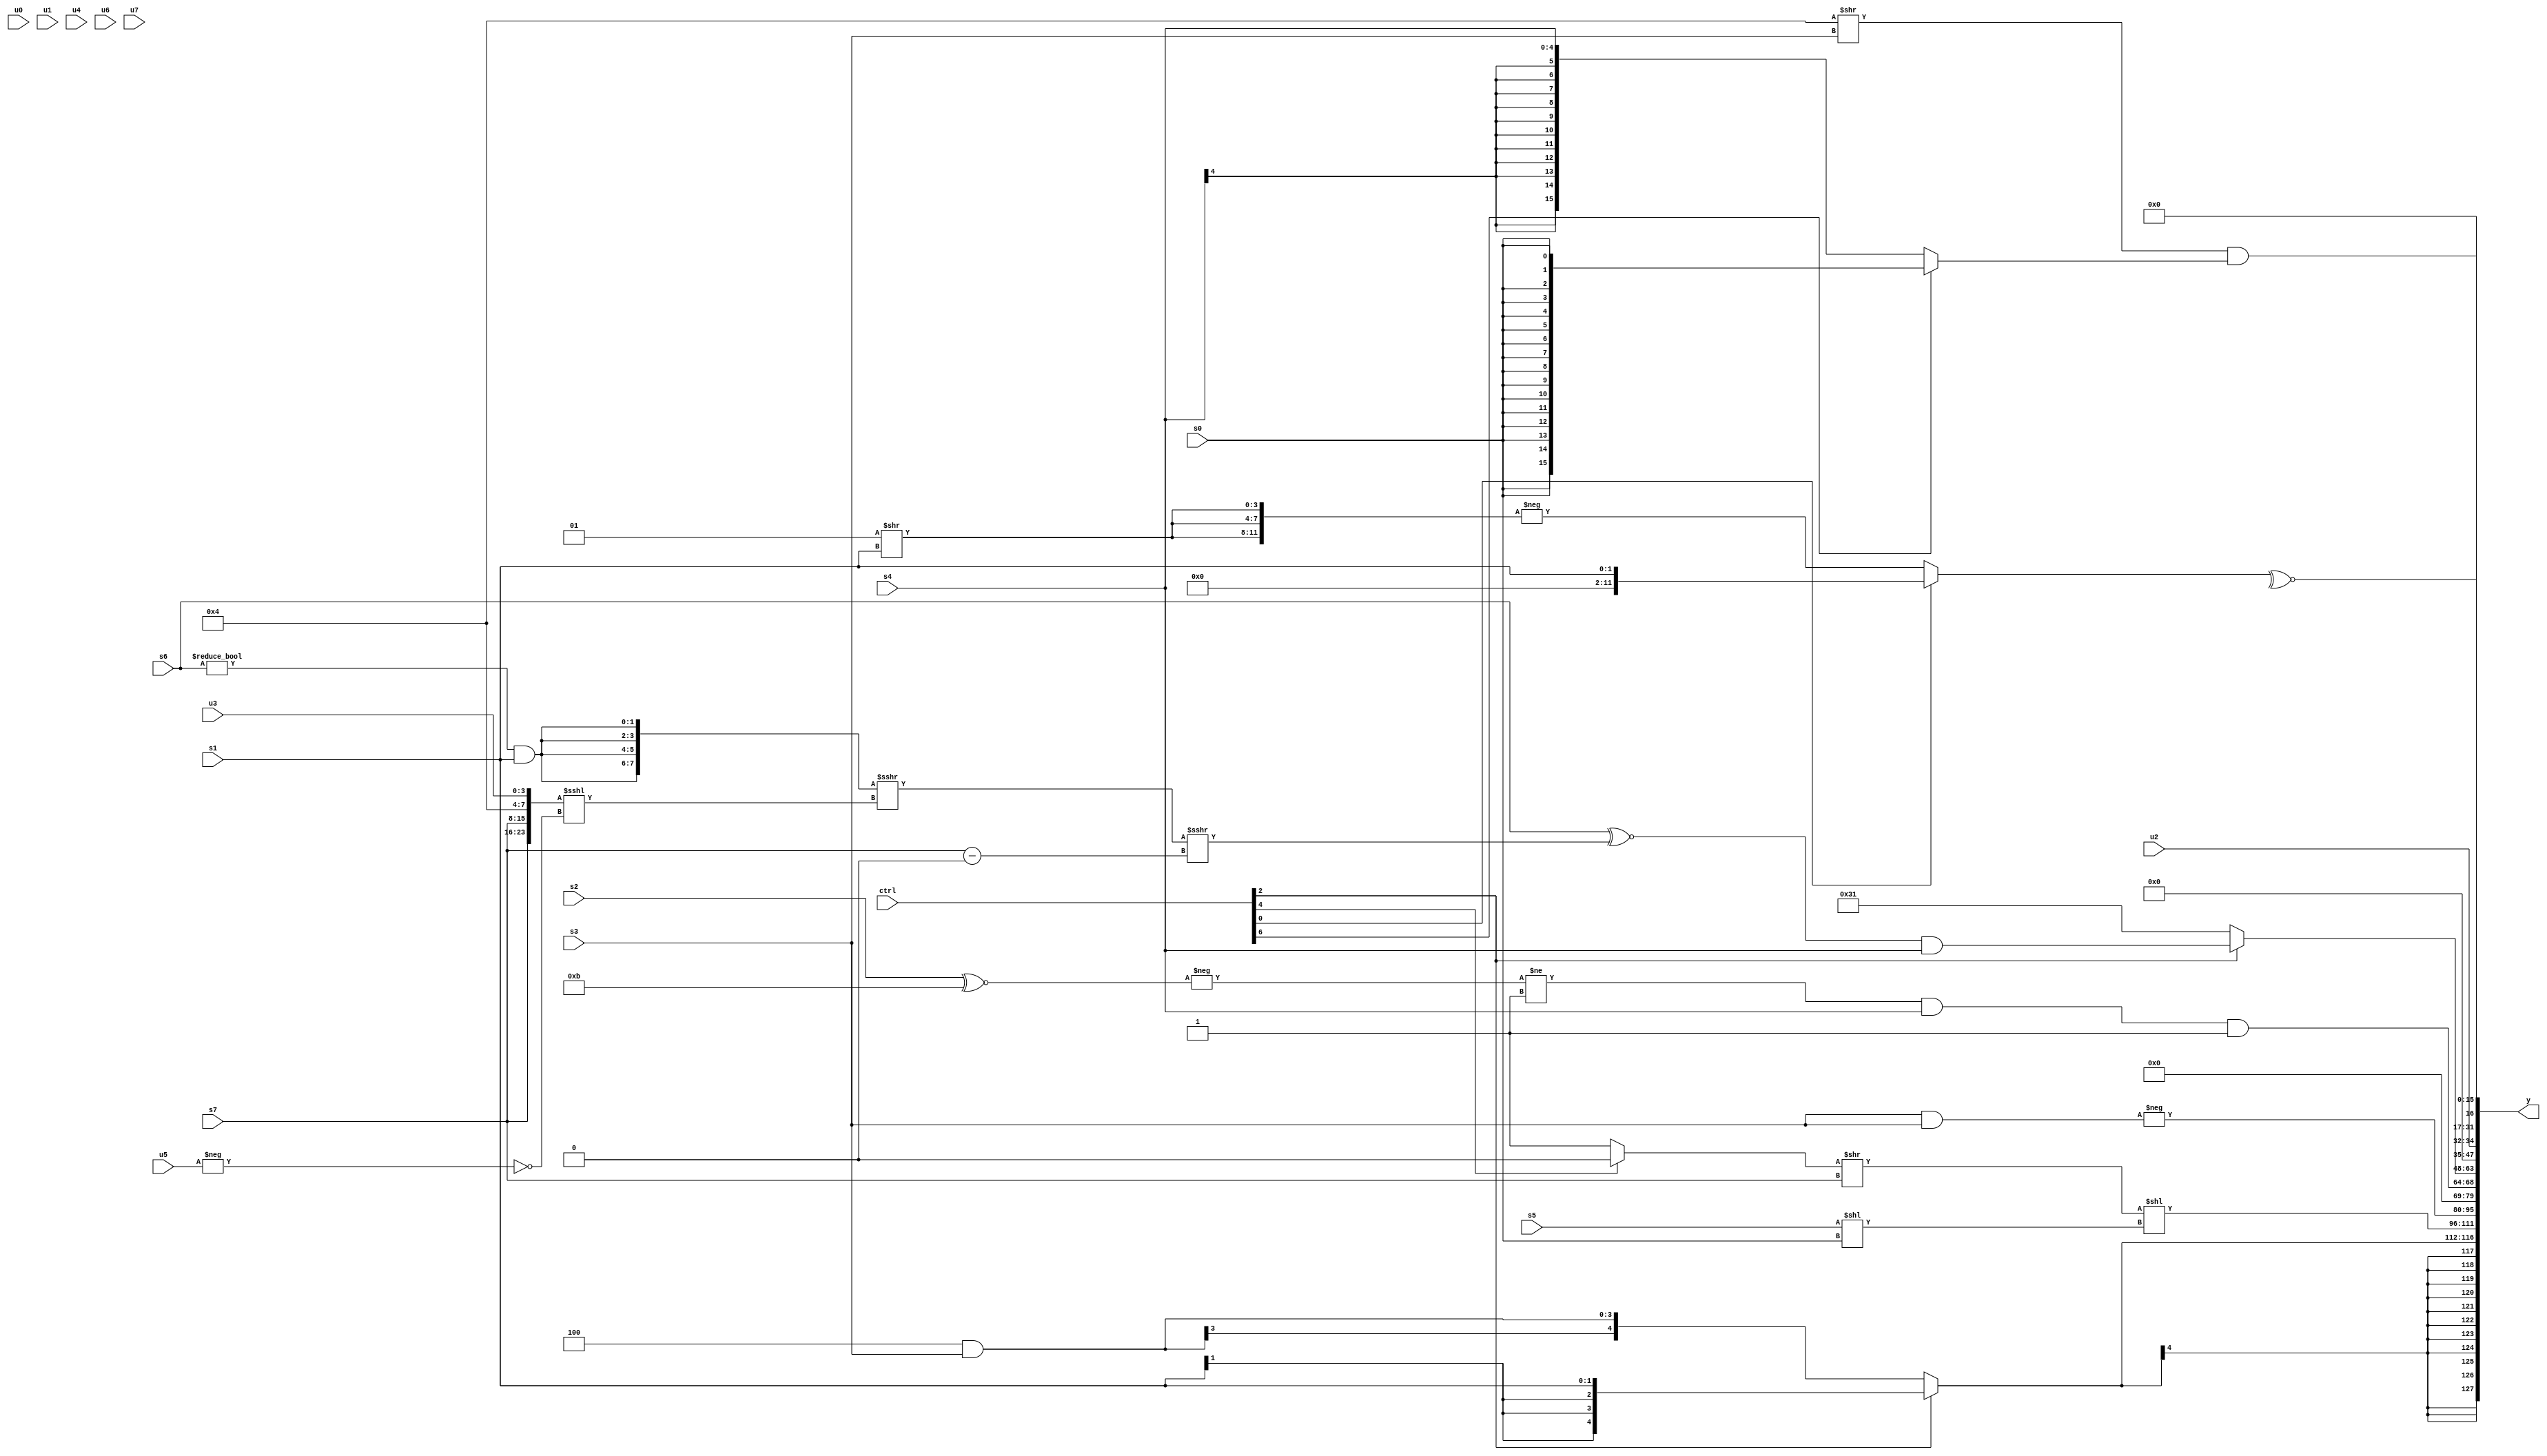
module wideexpr_00048(ctrl, u0, u1, u2, u3, u4, u5, u6, u7, s0, s1, s2, s3, s4, s5, s6, s7, y);
  input [7:0] ctrl;
  input [0:0] u0;
  input [1:0] u1;
  input [2:0] u2;
  input [3:0] u3;
  input [4:0] u4;
  input [5:0] u5;
  input [6:0] u6;
  input [7:0] u7;
  input signed [0:0] s0;
  input signed [1:0] s1;
  input signed [2:0] s2;
  input signed [3:0] s3;
  input signed [4:0] s4;
  input signed [5:0] s5;
  input signed [6:0] s6;
  input signed [7:0] s7;
  output [127:0] y;
  wire [15:0] y0;
  wire [15:0] y1;
  wire [15:0] y2;
  wire [15:0] y3;
  wire [15:0] y4;
  wire [15:0] y5;
  wire [15:0] y6;
  wire [15:0] y7;
  assign y = {y0,y1,y2,y3,y4,y5,y6,y7};
  assign y0 = $signed({{1{(ctrl[2]?(ctrl[2]?s1:5'sb10100):(5'sb11100)&(s3))}}});
  assign y1 = ((+($unsigned((ctrl[4]?1'sb0:2'sb01))))>>($signed(s7)))<<((s5)<<(s0));
  assign y2 = -((s3)&(s3));
  assign y3 = (((+(-((s2)^~(6'sb111011))))!=(1'sb1))&(s4))&(1'sb1);
  assign y4 = (ctrl[2]?((+(s6))^~(+((({4{((1'sb0)!=(s6))&(s1)}})>>>(($signed({s7,s7,4'sb0100,u3}))<<<((-(3'sb000))==(-(u5)))))>>>((s7)-(3'sb000)))))&(s4):+(6'sb110001));
  assign y5 = u2;
  assign y6 = ~^((ctrl[0]?$signed(s1):-({3{(4'sb0001)>>(s1)}})));
  assign y7 = ((-($signed(3'sb100)))>>(s3))&((ctrl[6]?$signed(s0):s4));
endmodule